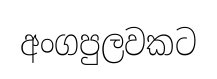
අංගපුලවකට